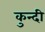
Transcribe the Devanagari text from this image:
कुन्दी